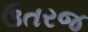
ઉતરજ